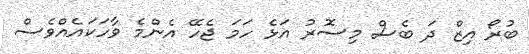
ބުރޯ އިޒް ދަ ބެސް މިސޮރު އަޅެ ހަމަ ޖެހޭ އެންމެ ވާހަކައެއްވެސް